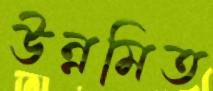
উন্নমিত